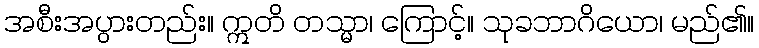
အစီးအပွားတည်း။ ဣတိ တသ္မာ၊ ကြောင့်။ သုခဘာဂိယော၊ မည်၏။